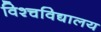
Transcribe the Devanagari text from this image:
विश्चविद्यालय